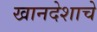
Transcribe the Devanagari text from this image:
खानदेशाचे